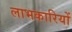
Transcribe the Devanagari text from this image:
लाभकारियों